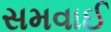
સમવાઈ